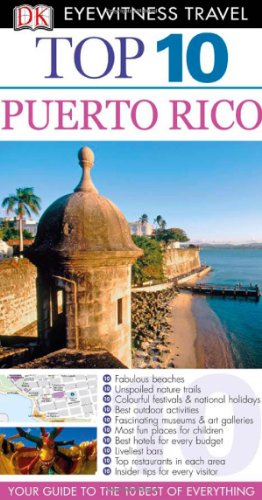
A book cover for Puerto Rico. (DK Eyewitness Top 10 Travel Guide); Christopher P. Baker; Travel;